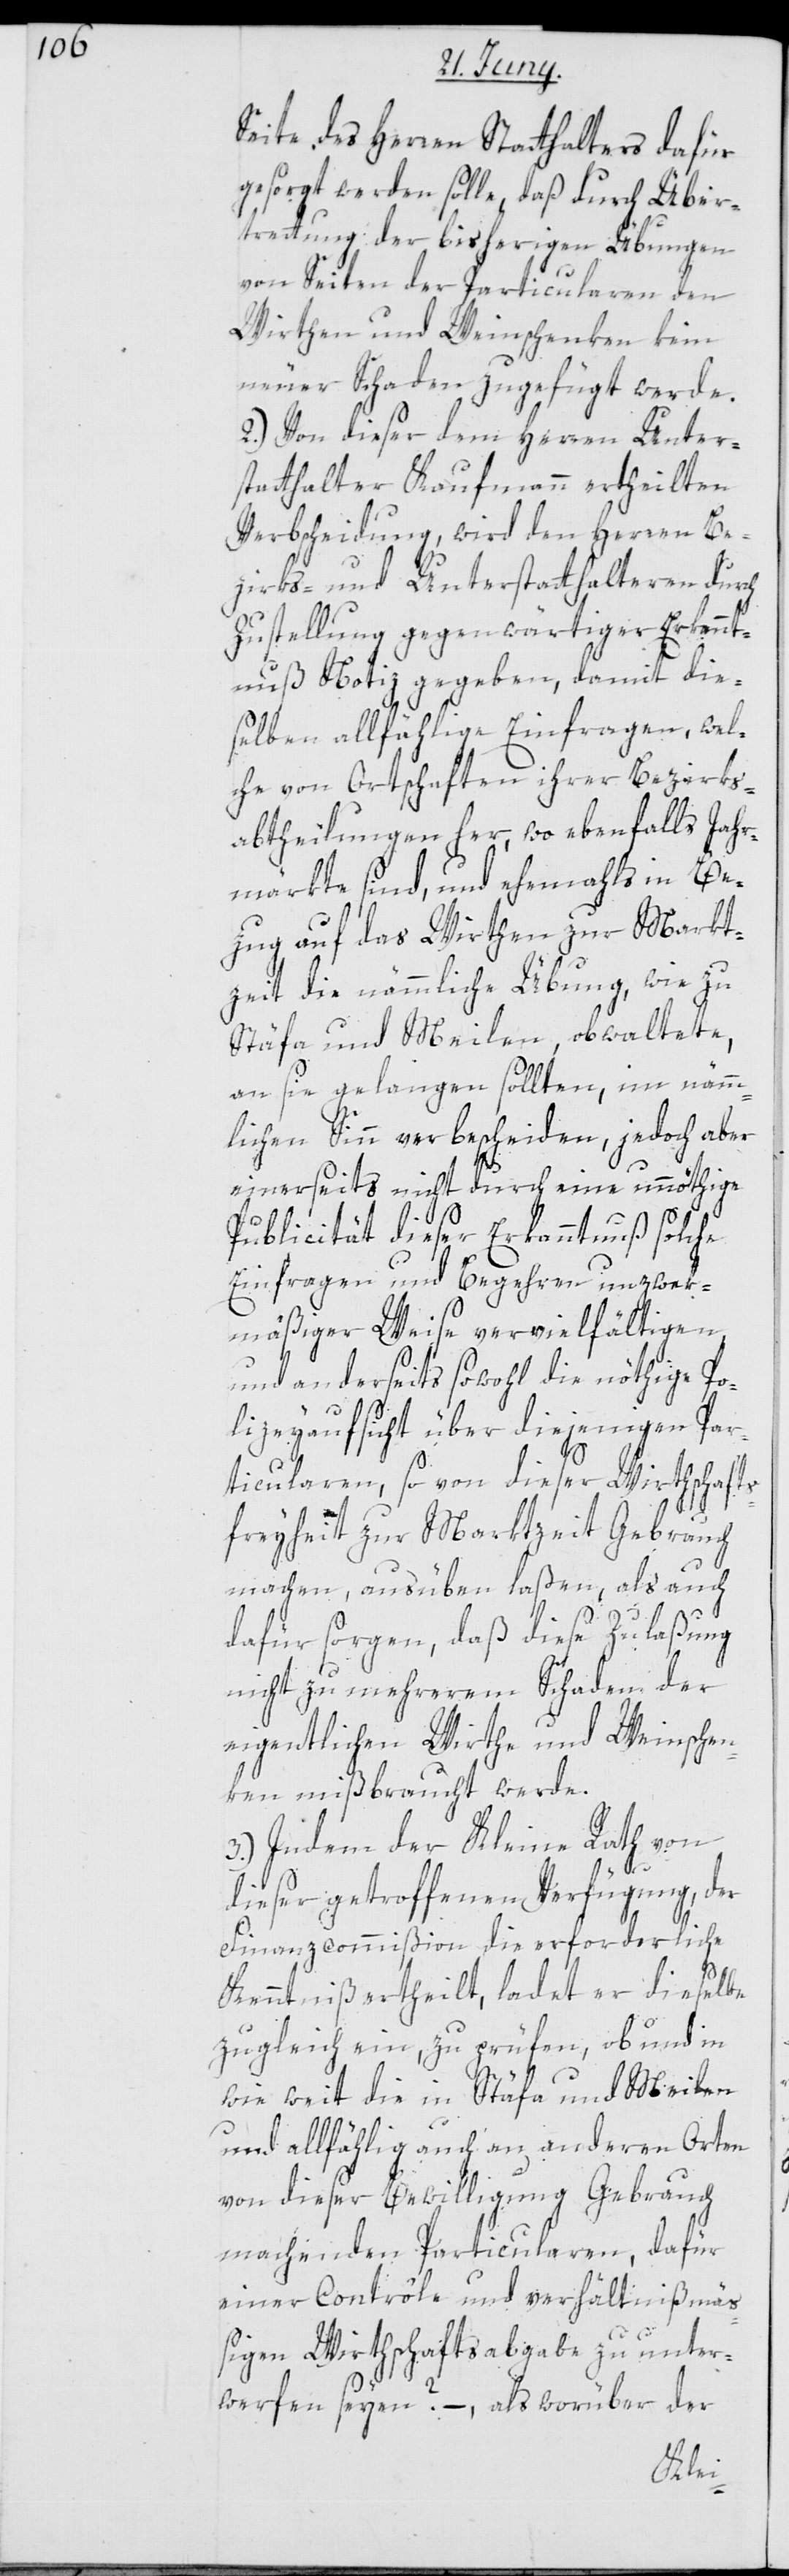
Seite des Herren Statthalters dafür
gesorgt werden solle, daß durch Über¬
trettung der bisherigen Übungen
von Seiten der Particularen den
Wirthen und Weinschenken kein
neuer Schaden zugefügt werde.
2.) Von dieser dem Herren Unter¬
statthalter Kaufmann ertheilten
Verbscheidung, wird den Herren Be¬
zirks- und Unterstatthalteren durch
Zustellung gegenwärtiger Erkannt¬
nuß Notiz gegeben, damit die¬
selben allfählige Einfragen, wel¬
che von Ortschaften ihrer Bezirks¬
abtheilungen her, wo ebenfalls Jahr¬
märkte sind, und ehemahls in Be¬
zug auf das Wirthen zur Markt¬
zeit die nämmliche Übung, wie zu
Stäfa und Meilen, obwaltete,
an sie gelangen sollten, im nämm¬
lichen Sinn verbescheiden, jedoch aber
einerseits nicht durch eine unnöthige
Publicität dieser Erkanntnuß solche
Einfragen und Begehren unzwek¬
mäßiger Weise vervielfältigen,
und anderseits sowohl die nöthige Po¬
lizeyaufsicht über diejenigen Par¬
ticularen, so von dieser Wirthschaft¬
sfreiheit zur Marktzeit Gebrauch
machen, ausüben laßen, als auch
dafür sorgen, daß diese Zulaßung
nicht zu mehrerem Schaden der
eigentlichen Wirthe und Weinschen¬
ken mißbraucht werde.
3.) Indem der Kleine Rath von
dieser getroffenen Verfügung, der
Finanzcommißion die erforderliche
Kenntniß ertheilt, ladet er dieselbe
zugleich ein, zu prüfen, ob und in
wie weit die in Stäfa und Meilen
und allfählig auch an anderen Orten
von dieser Bewilligung Gebrauch
machenden Particularen, dafür
einer Contrôle und verhältnißmä¬
ßigen Wirthschaftsabgabe zu unter¬
werfen seyen? – als worüber der